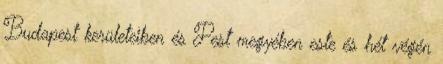
Budapest kerületeiben és Pest megyében este és hét végén